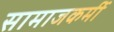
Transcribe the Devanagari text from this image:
सामाजकर्मी